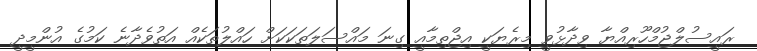
ރައީސުލްޖުމްހޫރިއްޔާ ވިދާޅުވީ މިރެޔަކީ އިޖްތިމާއީ ގިނަ މައްސަލަތަކަކަށް ހައްލުތަކެއް އަތުވެދާނެ ކަމުގެ އުންމީދީ